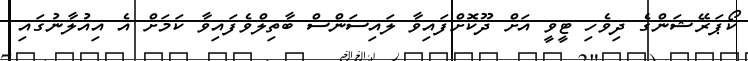
ކޯޕަރޭޝަންގެ ދިވެހި ޓީވީ އަށް ދޫކޮށްފައިވާ ލައިސަންސް ބާތިލްވެފައިވާ ކަމަށް އެ އިއުލާނުގައި